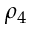
\rho _ { 4 }